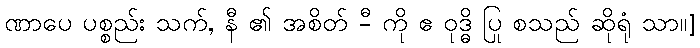
ဏာပေ ပစ္စည်း သက်, နီ ၏ အစိတ် -ီ ကို ဧ ဝုဒ္ဓိ ပြု စသည် ဆိုရုံ သာ။]